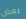
بعض